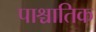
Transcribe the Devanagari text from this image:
पाश्चातिक